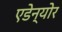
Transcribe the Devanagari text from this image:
एडेन्योर